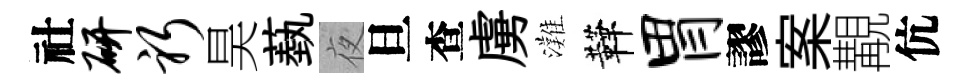
社研躬昊蓺夜旦查虜灘鞾胃謬案覯伉